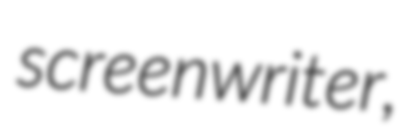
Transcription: screenwriter,